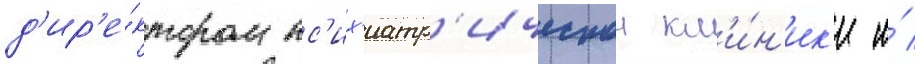
д'ир'е́ктором пс'их'иатр'ическои кл'и́н'ик'и и́